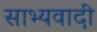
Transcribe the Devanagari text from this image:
साभ्यवादी